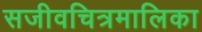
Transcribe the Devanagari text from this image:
सजीवचित्रमालिका